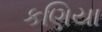
કણિયા